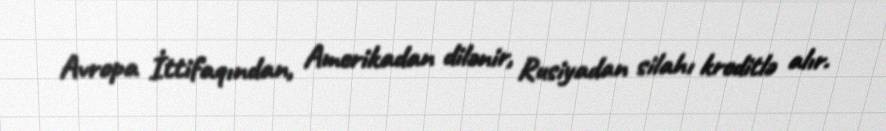
Avropa İttifaqından, Amerikadan dilənir, Rusiyadan silahı kreditlə alır.